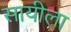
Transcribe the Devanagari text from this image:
सायीला